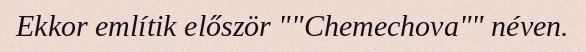
Ekkor említik először ""Chemechova"" néven.